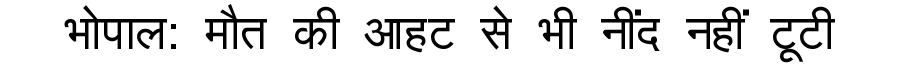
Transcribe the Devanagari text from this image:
भोपाल: मौत की आहट से भी नींद नहीं टूटी